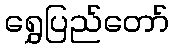
ရွှေပြည်တော်